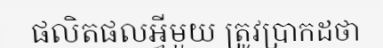
ផលិតផលអ្វីមួយ ត្រូវប្រាកដថា